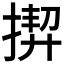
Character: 𢰟